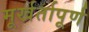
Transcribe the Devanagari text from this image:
मूर्खर्तापूर्ण